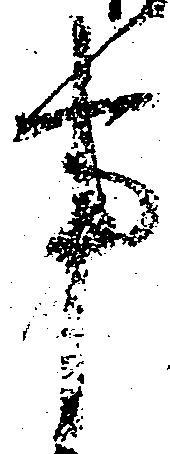
事